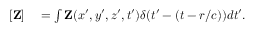
\begin{array} { r l } { [ { \mathbf Z } ] } & { { } = \int { \mathbf Z } ( x ^ { \prime } , y ^ { \prime } , z ^ { \prime } , t ^ { \prime } ) \delta ( t ^ { \prime } - ( t - r / c ) ) d t ^ { \prime } . } \end{array}